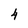
Character: 4